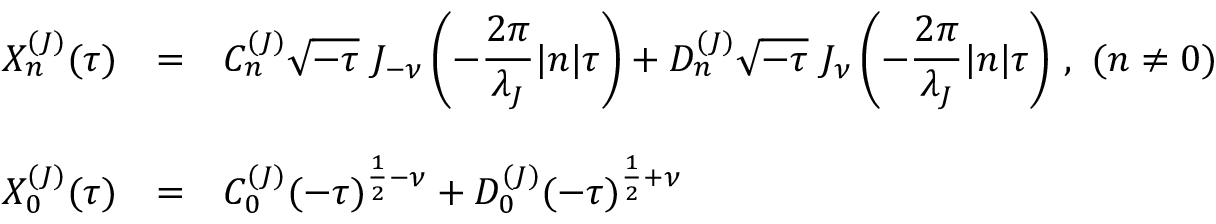
\begin{array} { l c l } { { X _ { n } ^ { ( J ) } ( \tau ) } } & { { = } } & { { { \displaystyle C _ { n } ^ { ( J ) } \sqrt { - \tau } ~ J _ { - \nu } \left( - \frac { 2 \pi } { \lambda _ { J } } | n | \tau \right) + D _ { n } ^ { ( J ) } \sqrt { - \tau } ~ J _ { \nu } \left( - \frac { 2 \pi } { \lambda _ { J } } | n | \tau \right) } ~ , ~ ( n \neq 0 ) } } \\ { { } } & { { } } & { { } } \\ { { X _ { 0 } ^ { ( J ) } ( \tau ) } } & { { = } } & { { { \displaystyle C _ { 0 } ^ { ( J ) } ( - \tau ) ^ { \frac { 1 } { 2 } - \nu } + D _ { 0 } ^ { ( J ) } ( - \tau ) ^ { \frac { 1 } { 2 } + \nu } } } } \end{array}